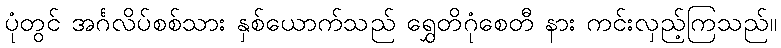
ပုံတွင် အင်္ဂလိပ်စစ်သား နှစ်ယောက်သည် ရွှေတိဂုံစေတီ နား ကင်းလှည့်ကြသည်။